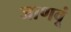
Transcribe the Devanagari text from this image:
जाणवूं